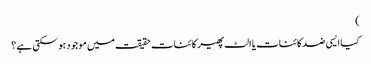
)
کیا ایسی ضد کائنات یا الٹ پھیر کائنات حقیقت میں موجود ہو سکتی ہے ؟